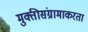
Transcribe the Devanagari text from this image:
मुक्तीसंग्रामाकरता